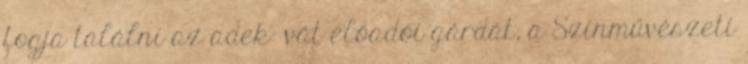
fogja találni az adek- vát előadói gárdát, a Színművészeti